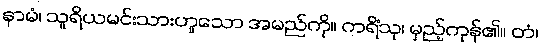
နာမံ၊ သူရိယမင်းသားဟူသော အမည်ကို။ ကရိံသု၊ မှည့်ကုန်၏။ တံ၊